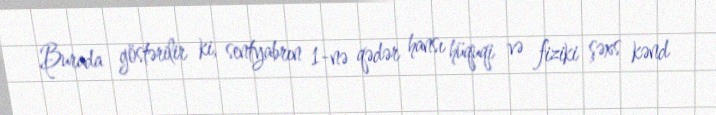
Burada göstərilir ki, sentyabrın 1-nə qədər hansı hüquqi və fiziki şəxs kənd